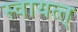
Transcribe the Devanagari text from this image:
स्वायत्त्